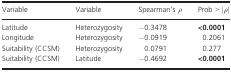
<table><thead><tr><td><b>Variable</b></td><td><b>Variable</b></td><td><b>Spearman&#x27;s <i>ρ</i></b></td><td><b>Prob &gt; |<i>ρ</i>|</b></td></tr></thead><tbody><tr><td>Latitude</td><td>Heterozygosity</td><td>−0.3478</td><td><b>&lt;0.0001</b></td></tr><tr><td>Longitude</td><td>Heterozygosity</td><td>−0.0919</td><td>0.2061</td></tr><tr><td>Suitability (CCSM)</td><td>Heterozygosity</td><td>0.0791</td><td>0.277</td></tr><tr><td>Suitability (CCSM)</td><td>Latitude</td><td>−0.4692</td><td><b>&lt;0.0001</b></td></tr></tbody></table>